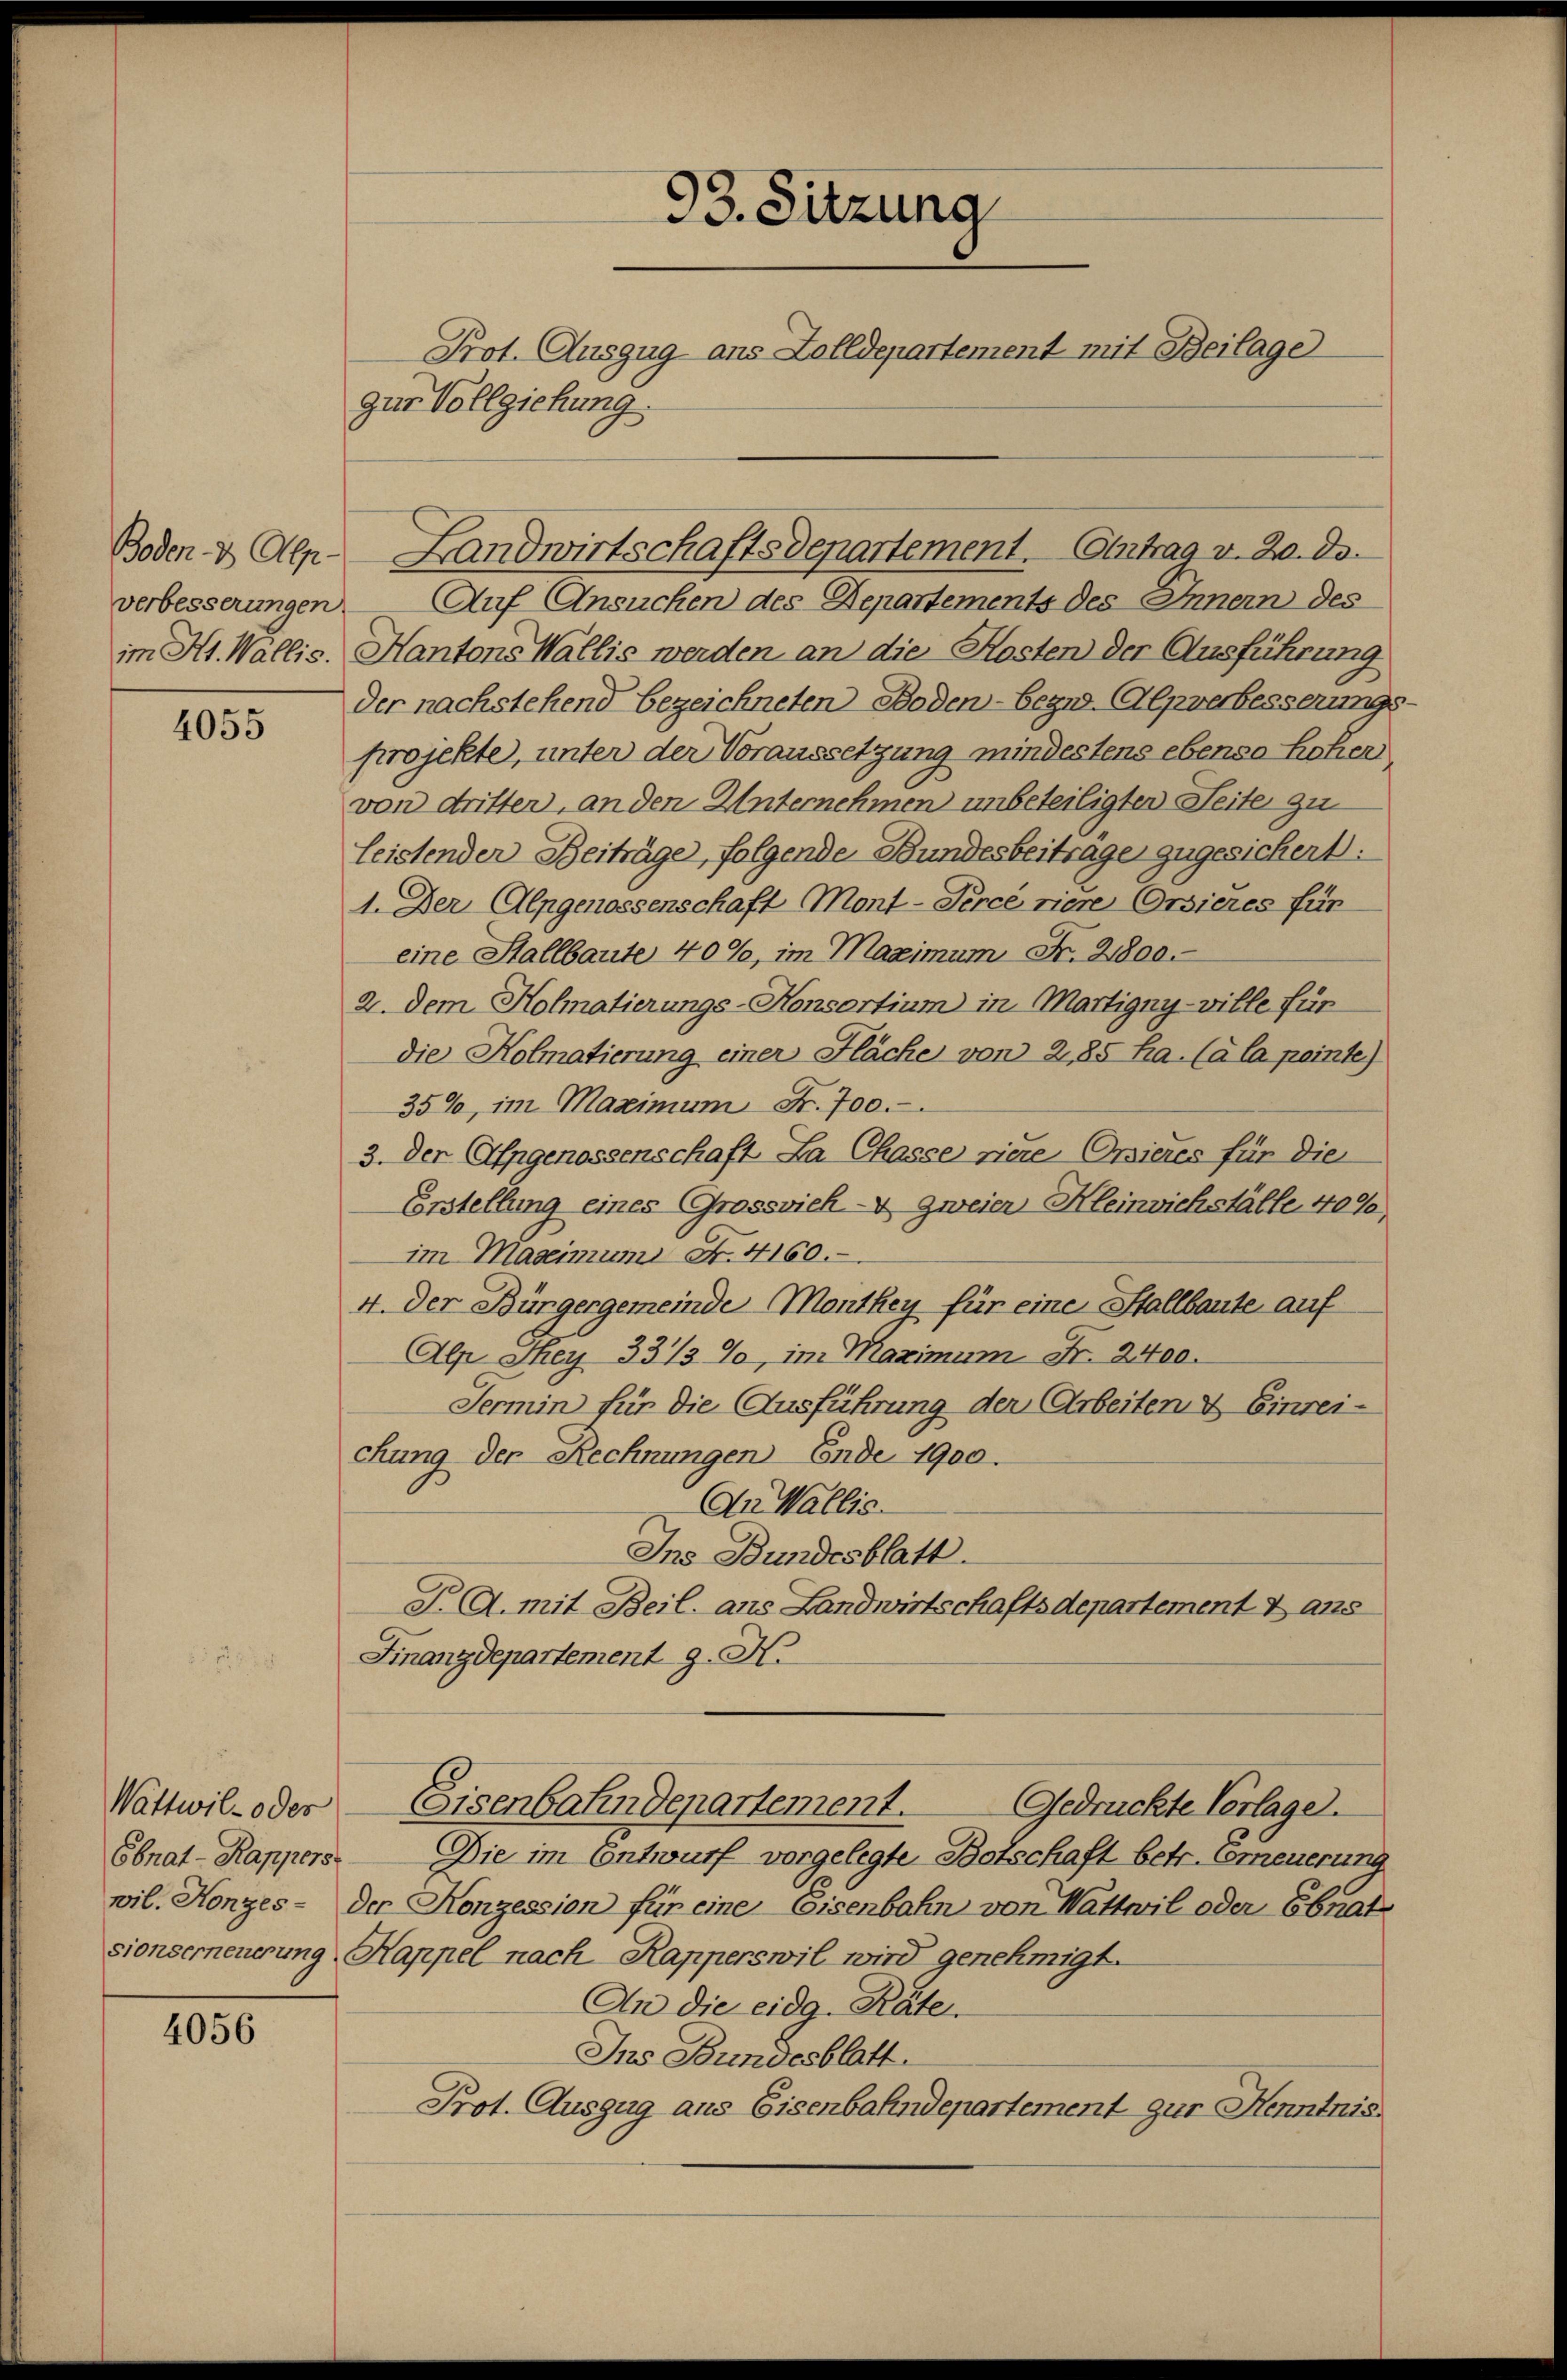
4055

Wattwil- oder
wil. Honzes-

4056

verbesserungen Auf Ansuchen des Departements des Innern des
im Kt. Wallis. Kantons Wallis werden an die Kosten der Ausführung
der nachstehend bezeichneten Boden - bezw. Alpverbesserungs-
projekte, unter der Voraussetzung mindestens ebenso hoher
von dritten, an den Unternehmen unbeteiligten Seite zu
leistender Beiträge, folgende Bundesbeiträge zugesichert:
1. Der Alpgenossenschaft Mont-Perce riere Orsieres für
eine Stallbaute 40%, im Maximum Fr. 2800.
2. Dem Kolmatierungs-Konsortium in Martigny-ville für
die Kolmatierung einer Fläche von 285 ha. (à la pointe)
35%, im Maximum Fr. 700.
3. Der Alpgenossenschaft La Chasse riere Orsieres für die
Erstellung eines Grossvieh- & zweier Kleinviehställe 409,
im Maseimum Nr. 4160.
4. Der Bürgergemeinde Monthey für eine Stallbaute auf
Alp Sey 331/3 %, in Maximum Fr. 2400.
Termin für die Ausführung der Arbeiten & Einreichung der Rechnungen Ende 1900.
An Wallis.
Ins Bundesblatt.
T. A. mit Beil. aus Landwirtschaftsdepartement & ans
Finanzdepartement J. H.
Eisenbahndepartement.
Gedrückte Vorlage.
Ebnat-Kappers. Die im Entwurf vorgelegte Botschaft betr. Erneuerung
der Konzession für eine Eisenbahn von Wattwil oder Ebnat
sionserneuerung Kappel nach Kapperswil wird genehmigt.
An die eidg. Räte
Ins Bundesblatt.
Prot. Auszug aus Eisenbahndepartement zur Kenntnis

93. Sitzung
Prot. Auszug aus Zolldepartement mit Beilage
zur Vollziehung.

Boden & Alp Landwirtschaftsdepartement. Ertrag v. 20. ds.